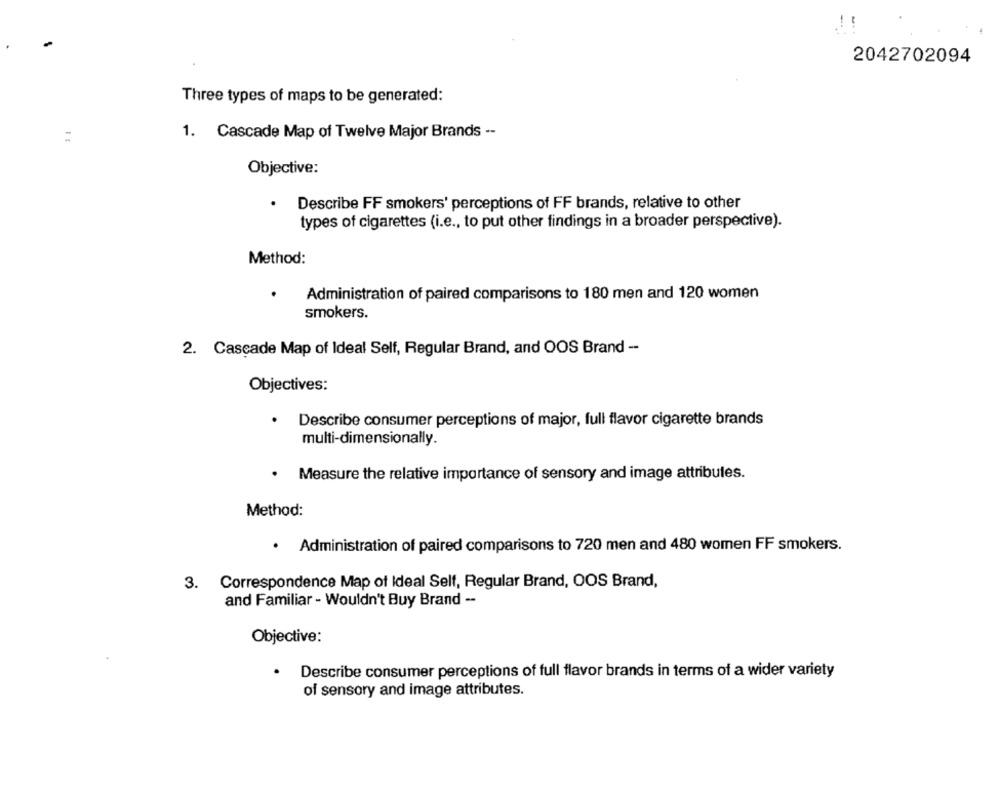
-
2042702094
Three types of maps to be generated:
:
1. Cascade Map of Twelve Major Brands --
Objective:
.
Describe FF smokers' perceptions of FF brands, relative to other
types of cigarettes (i.e ., to put other findings in a broader perspective).
Method:
Administration of paired comparisons to 180 men and 120 women
smokers.
2. Cascade Map of Ideal Self, Regular Brand, and OOS Brand --
Objectives:
Describe consumer perceptions of major, full flavor cigarette brands
multi-dimensionally.
Measure the relative importance of sensory and image attribules.
Method:
· Administration of paired comparisons to 720 men and 480 women FF smokers.
3. Correspondence Map of Ideal Self, Regular Brand, OOS Brand,
and Familiar - Wouldn't Buy Brand --
Objective:
Describe consumer perceptions of full flavor brands in terms of a wider variety
of sensory and image attributes.